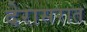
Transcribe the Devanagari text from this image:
देरासरात